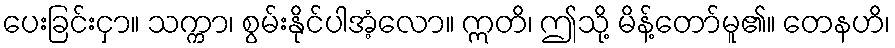
ပေးခြင်းငှာ။ သက္ကာ၊ စွမ်းနိုင်ပါအံ့လော။ ဣတိ၊ ဤသို့ မိန့်တော်မူ၏။ တေနဟိ၊